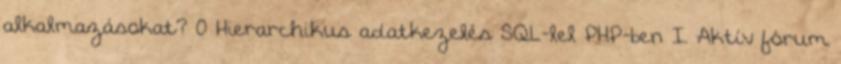
alkalmazásokat? 0 Hierarchikus adatkezelés SQL-lel PHP-ben I. Aktív fórum